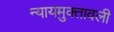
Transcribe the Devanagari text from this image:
न्यायमुक्तावली